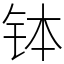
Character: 钵